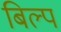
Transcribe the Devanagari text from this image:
बिल्प